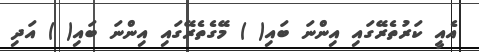
އެއީ ކަރުތެރޭގައި އިންނަ ބައި( ) މޭގެތެރޭގައި އިންނަ ބައި( ) އަދި